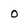
Character: o